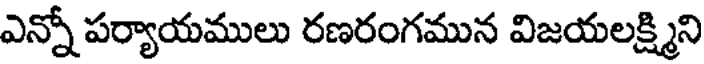
ఎన్నో పర్యాయములు రణరంగమున విజయలక్ష్మిని